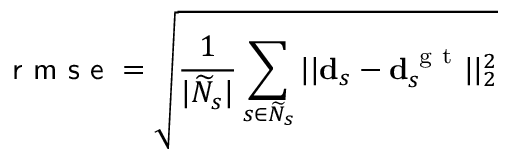
\textsf { r m s e } = \sqrt { \frac { 1 } { | \widetilde { N } _ { s } | } \sum _ { s \in \widetilde { N } _ { s } } | | \mathbf { d } _ { s } - \mathbf { d } _ { s } ^ { \mathrm { ~ g ~ t ~ } } | | _ { 2 } ^ { 2 } }